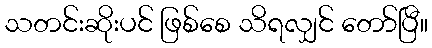
သတင်းဆိုးပင် ဖြစ်စေ သိရလျှင် တော်ပြီ။